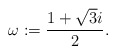
\begin{align*}\omega := \frac{ 1 + \sqrt 3 i }{2}.\end{align*}